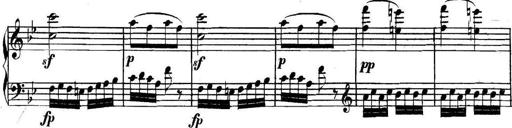
Title: Collected Piano Sonatas
Composer: Muzio Clementi